Newspaper: Cedar Falls gazette. [volume]
Place of publication: Cedar Falls, Iowa
Publisher: H.A. & G.D. Perkins
Date: 1865-05-19 00:00:00
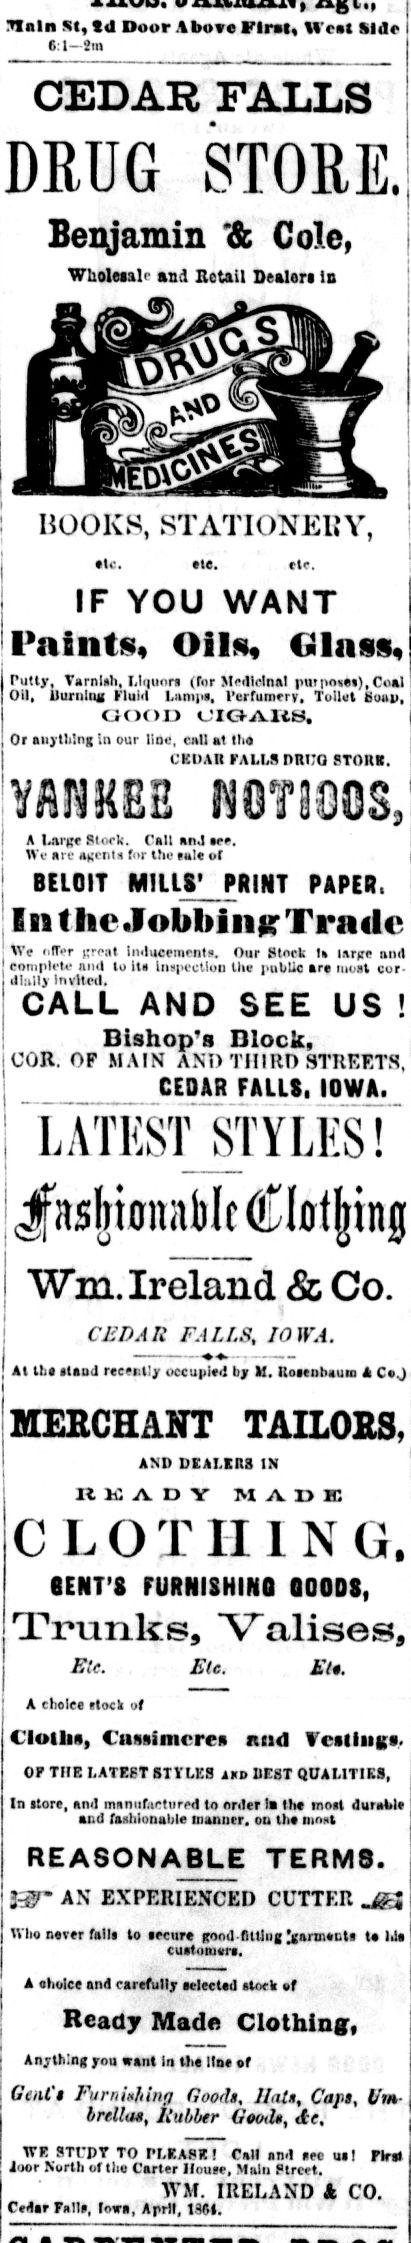
Advertisement text (OCR):
ISla »«, tJ Door Above first, West Side I r. 1 .'m CEDAR FALLS DRUG STORE. Benjamin '& Cole, Wholeial and Retail Dealer* is HOOKS, STATIONERY, IF YOU WANT Faints, Oils, Glass, Putty, Varnish, Manors tTor Medicinal pui|o««s),Cu*l Oil, ilurnlnn Fluid l.iini|is. Perfumery, Toilet Soap, i()OU OIGfiVItS. Or anything in our line, call at tlm CKDAit KAi.i.snntro PTOIIB. A l.ai'Kf Stork. Call itnJ wc. We art A^ctiis fur tfic rale of BELCIT MILLS' PRINT PAPER. I S31 JoblMD^ Tradc hv I Wi- IT-r rcat linliiceinrntx. Our Stick U tarfre nrnt emiitilrti' mid to ita iusi'i ctiun the public ar« must cor Jiuilj irivitcd. CALL AND SEE US Bishop's Dlock, iCOB. OF MAIN A.Ni Till 1M STREETS, CEDAR FALLS. IOWA. LATEST STYLES! Ireland & Co. CJSDAR FAI.I.S, IOWA. Al UM MMd recently occupi«4 by If. RoatobaiMi A 0*4 MERCHANT TAILORS, AMD DEALEM IN U A Y A E O I I 1 N CENT'S FURNISHING GOODS, Trunk s, Va 1 ise s, A «lMk CIOIIIH, Cawfmcres «od Tesliuga. OF THE LATEST STYLES i*D BEST QUALITIES, In «tor», ami mnnnfartnred tn nnler la the moit 4uraM« and fanlilonable manner, ou tb« mnxt REASONABLE TERMS. fcir AN EXPERIENCED CUTTER A eholet and carefully selected itoeh of Who Barer ftlllt to aecitre Kond flltlug^garaaiitt U cuatonm. Ready Made Clothing, AnyUlnf you want in the IIM *f GeiU't Furitinliiiiri Goods, Ihitn, Caps, fftm brellas, Rubber Good*, tc, V* STrpr TO Pf.E ASK! Call and nee ual Plrft i'jor North of the Carter House, Main Ptrcet. WAT. IRELAND k CO. Cedar Full*, Iowa, April, lSft.
Label: illustrations